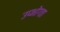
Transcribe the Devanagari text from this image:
उप्भोग्ता